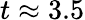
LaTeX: t\approx 3.5